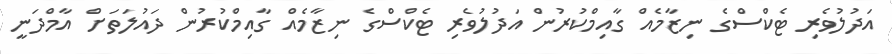
އަދުލުވެރި ޓެކްސްގެ ނިޒާމެއް ގާއިމްކުރުން އަދުލުވެރި ޓެކްސްގެ ނިޒާމެއް ގާއިމްކުރުން ދައުލަތަށް އާމްދަނީ